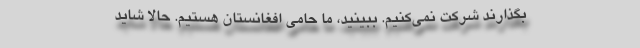
بگذارند شرکت نمی‌کنیم. ببینید، ما حامی افغانستان هستیم. حالا شاید